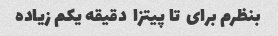
بنظرم برای  تا پیتزا  دقیقه یکم زیاده